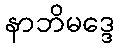
နာဘိမဒ္ဒေ